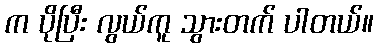
က ပိုပြီး လွယ်ကူ သွားတက် ပါတယ်။